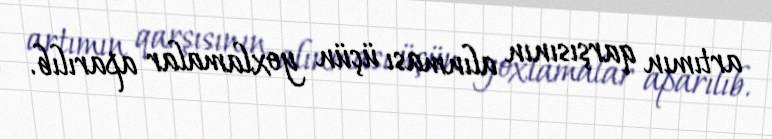
artımın qarşısının alınması üçün yoxlamalar aparılıb.